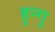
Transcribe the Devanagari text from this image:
हुन्गु